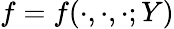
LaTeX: f=f(\cdot,\cdot,\cdot;Y)